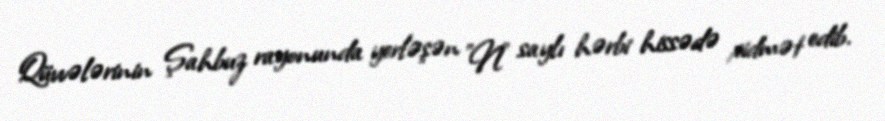
Qüvvələrinin Şahbuz rayonunda yerləşən "N" saylı hərbi hissədə xidmət edib.